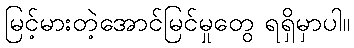
မြင့်မားတဲ့အောင်မြင်မှုတွေ ရရှိမှာပါ။